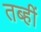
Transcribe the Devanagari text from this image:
तब्हीं